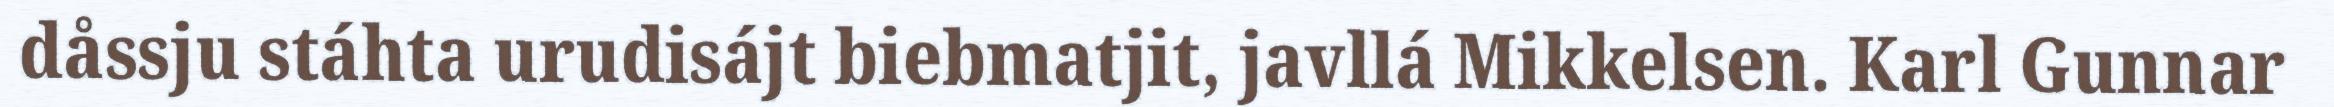
dåssju stáhta urudisájt biebmatjit, javllá Mikkelsen. Karl Gunnar